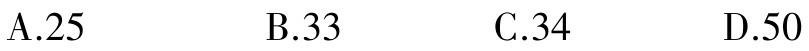
A.25

B.33

C.34

D.50